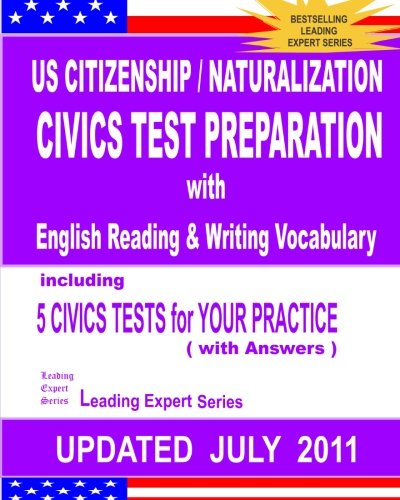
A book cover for US Citizenship / Naturalization CIVICS TEST PREPARATION with English Reading & Writing Vocabulary (Updated JULY  2011); Leading Expert Series; Test Preparation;